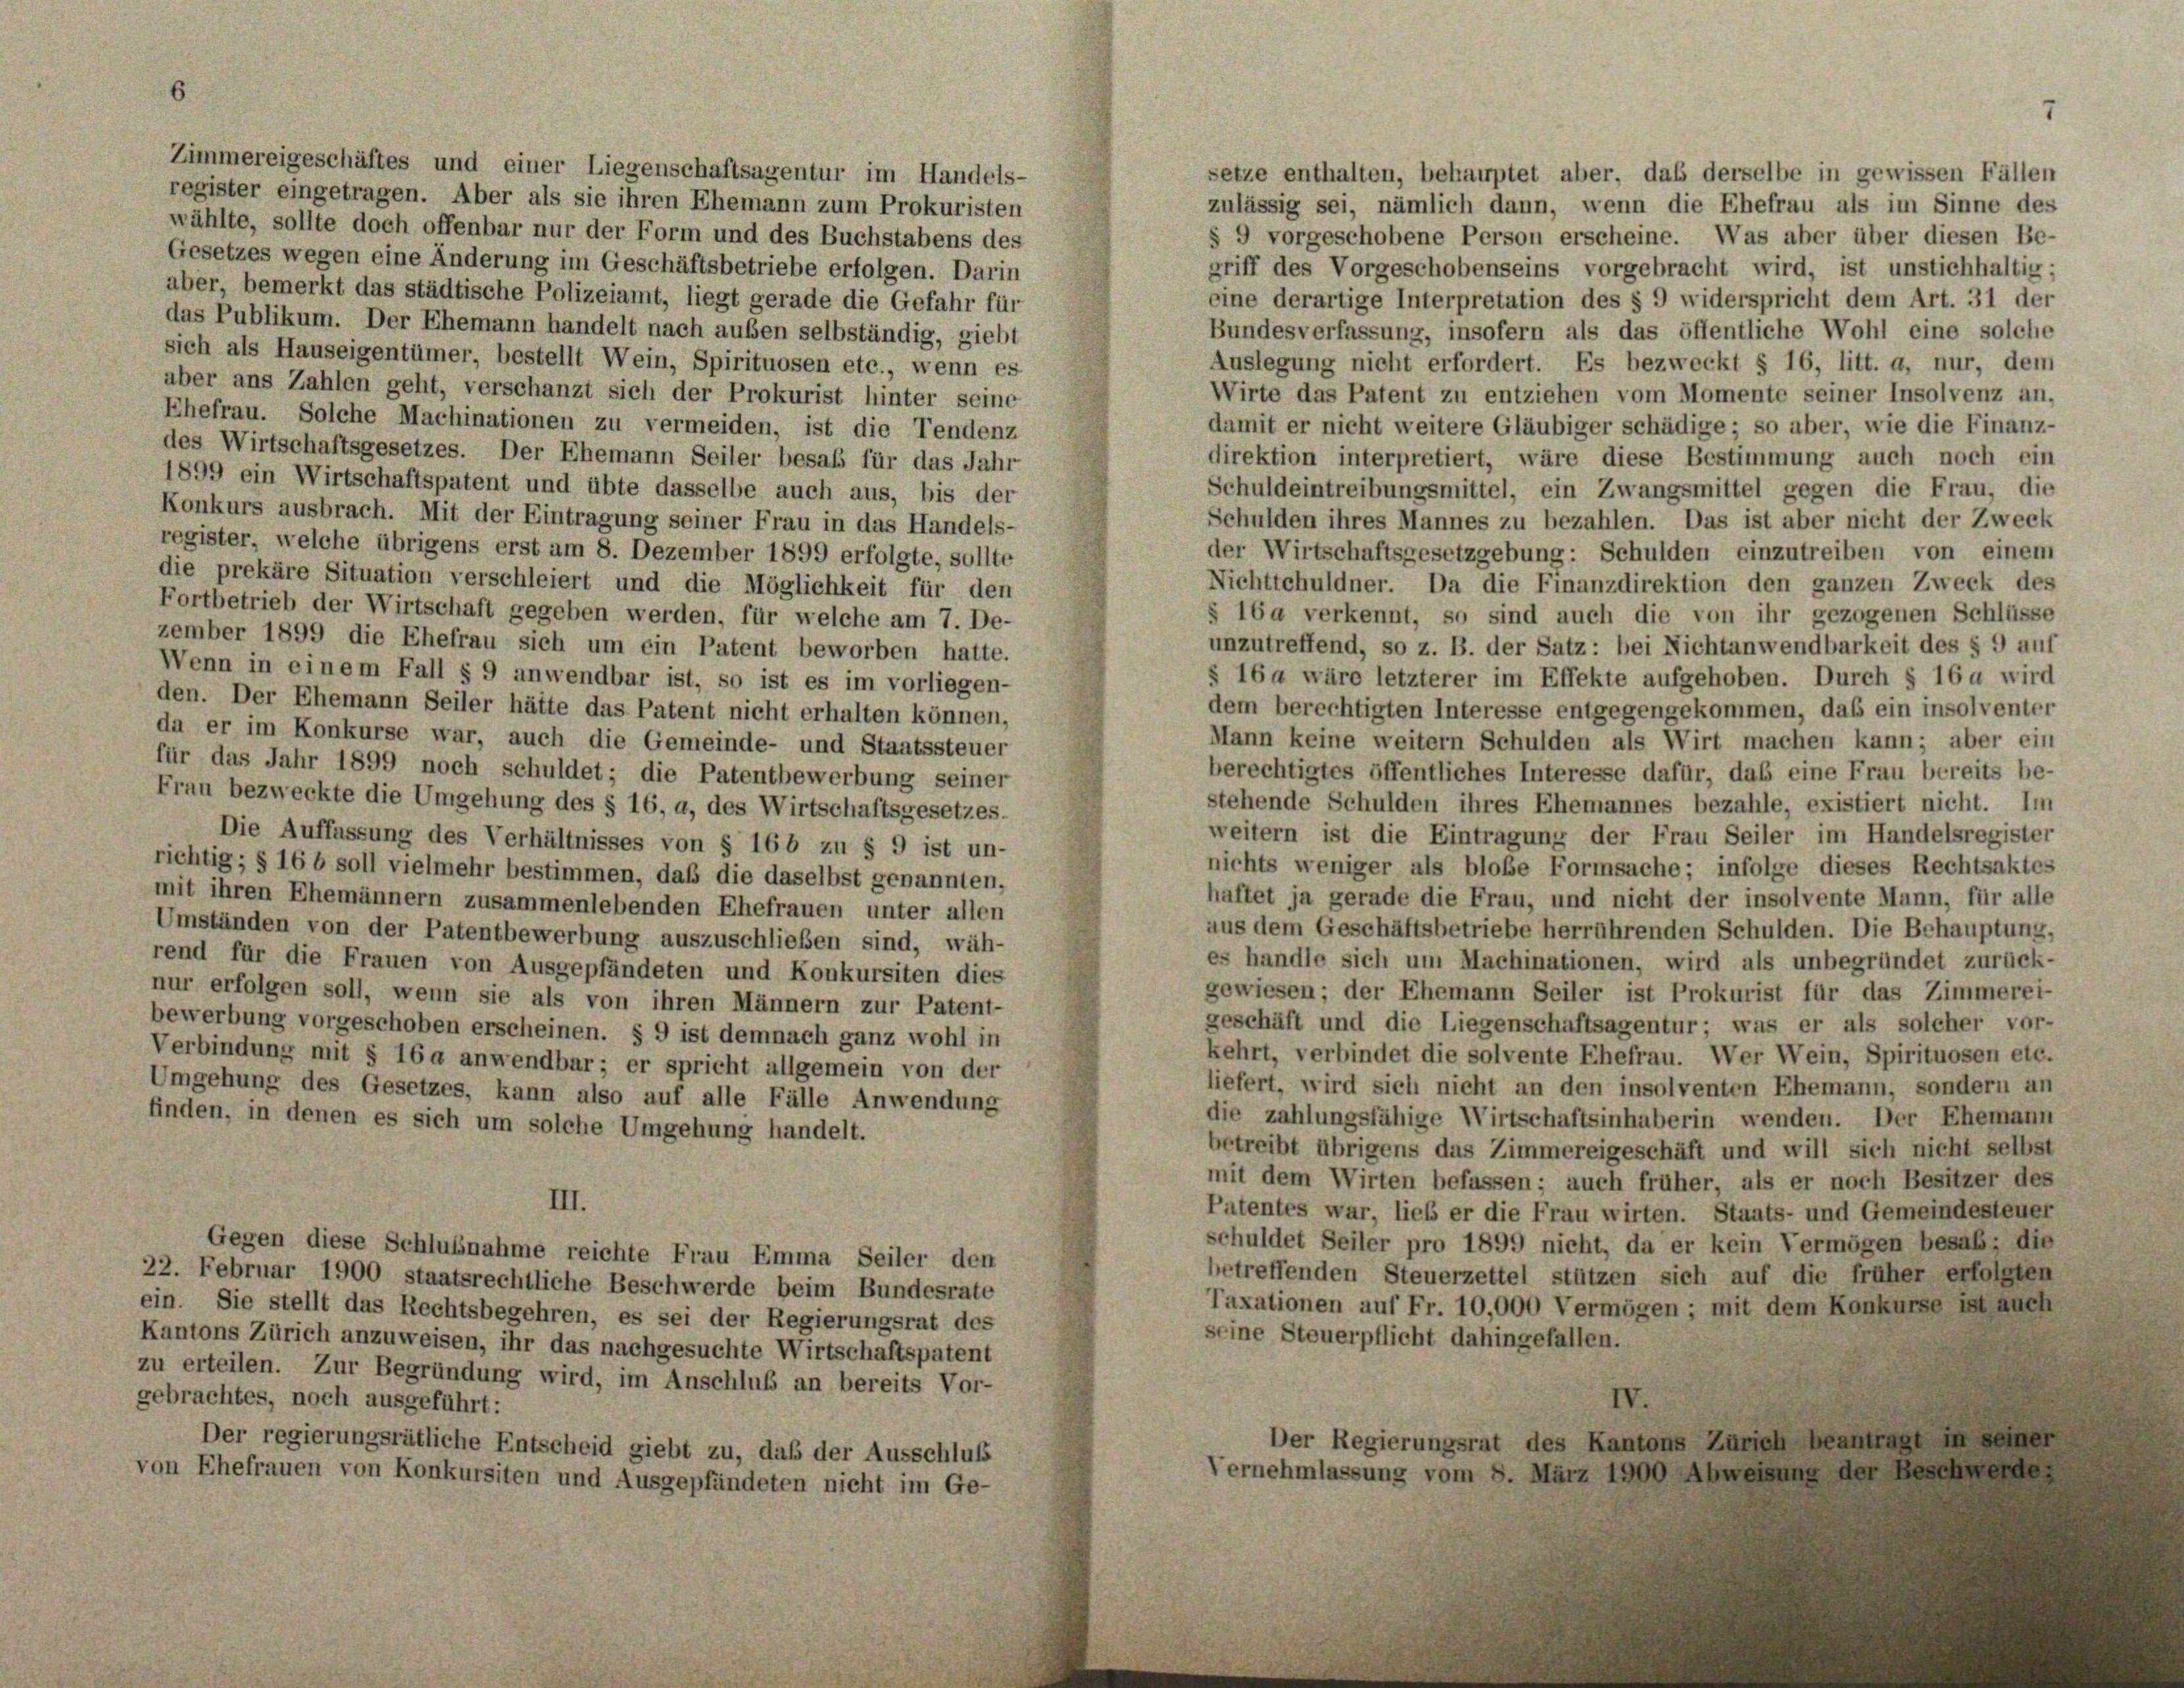
Zimmereigeschäftes und einer Liegenschaftsagentur im Handels-
setze enthalten, behauptet aber, daß derselbe in gewissen Fällen
register eingetragen. Aber als sie ihren Ehemann zum Prokuristen
zulässig sei, nämlich dann, wenn die Ehefrau als im Sinne des
wählte, sollte doch offenbar nur der Form und des Buchstabens des
Gesetzes wegen eine Änderung im Geschäftsbetriebe erfolgen. Darin
griff des Vorgeschobenseins vorgebracht wird, ist unstichhaltig;
aber, bemerkt das städtische Polizeiamt, liegt gerade die Gefahr für
eine derartige Interpretation des § 9 widerspricht dem Art. 31 der
das Publikum. Der Ehemann handelt nach ausen selbständig, giebt
Bundesverfassung, insofern als das öffentliche Wohl eine solche
sich als Hauseigentümer, bestellt Wein, Spirituosen etc., wenn es
Auslegung nicht erfordert. Es bezweckt § 16, litt. a, nur, dem
aber ans Zahlen geht, verschanzt sich der Prokurist hinter seine
Wirte das Patent zu entziehen vom Momente seiner Insolvenz an,
Ehefrau. Solche Machinationen zu vermeiden, ist die Tendenz
damit er nicht weitere Gläubiger schädige; so aber, wie die Finanz-
des Wirtschaftsgesetzes. Der Ehemann Seiler besab für das Jahr
direktion interpretiert, wäre diese Bestimmung auch noch ein
1899 ein Wirtschaftspatent und übte dasselbe auch aus, bis der
Schuldeintreibungsmittel, ein Zwangsmittel gegen die Frau, die
Konkurs ausbrach. Mit der Eintragung seiner Frau in das Handels-
Schulden ihres Mannes zu bezahlen. Das ist aber nicht der Zweck
register, welche übrigens erst am 8. Dezember 1899 erfolgte, sollte
der Wirtschaftsgesetzgebung: Schulden einzutreiben von einem
die prekäre Situation verschleiert und die Möglichkeit für den
Nichtschuldner. Da die Finanzdirektion den ganzen Zweck des
Fortbetrieb der Wirtschaft gegeben werden, für welche am 7. De-
§ 16a verkennt, so sind auch die von ihr gezogenen Schlüsse
zember 1899 die Ehefrau sich um ein Patent beworben hatte.
unzutreffend, so z. B. der Satz: bei Nichtanwendbarkeit des § 9 auf
Wenn in einem Fall § 9 anwendbar ist, so ist es im vorliegen-
§ 16a wäre letzterer im Effekte aufgehoben. Durch § 16 a wird
den. Der Ehemann Seiler hätte das Patent nicht erhalten können,
dem berechtigten Interesse entgegengekommen, daß ein insolventer
da er im Konkurse war, auch die Gemeinde- und Staatssteuer
Mann keine weitern Schulden als Wirt machen kann; aber ein
für das Jahr 1899 noch schuldet; die Patentbewerbung seiner
berechtigtes öffentliches Interesse dafür, das eine Frau bereits be-
Frau bezweckte die Umgehung des § 16, a, des Wirtschaftsgesetzes-
stehende Schulden ihres Ehemannes bezahle, existiert nicht. Im
weitern ist die Eintragung der Frau Seiler im Handelsregister
Die Auffassung des Verhältnisses von § 166 zu § 9 ist un-
nichts weniger als bloße Formsache; infolge dieses Rechtsaktes
richtig; § 16 b soll vielmehr bestimmen, daß die daselbst genannten,
haftet ja gerade die Frau, und nicht der insolvente Mann, für alle
mit ihren Ehemännern zusammenlebenden Ehefrauen unter allen
aus dem Geschäftsbetriebe herrührenden Schulden. Die Behauptung,
Umständen von der Patentbewerbung auszuschließen sind, wäh-
es handle sich um Machinationen, wird als unbegründet zurück-
rend für die Frauen von Ausgepfändeten und Konkursiten dies
gewiesen; der Ehemann Seiler ist Prokurist für das Zimmerei-
nur erfolgen soll, wenn sie als von ihren Männern zur Patent-
geschäft und die Liegenschaftsagentur; was er als solcher vor-
bewerbung vorgeschoben erscheinen. § 9 ist demnach ganz wohl in
kehrt, verbindet die solvente Ehefrau. Wer Wein, Spirituosen etc.
Verbindung mit § 16 a anwendbar; er spricht allgemein von der
liefert, wird sich nicht an den insolventen Ehemann, sondern an
Umgehung des Gesetzes, kann also auf alle Fälle Anwendung
die zahlungsfähige Wirtschaftsinhaberin wenden. Der Ehemann
finden, in denen es sich um solche Umgehung handelt.
betreibt übrigens das Zimmereigeschäft und will sich nicht selbst
mit dem Wirten befassen; auch früher, als er noch Besitzer des
III.
Patentes war, lieb er die Frau wirten. Staats- und Gemeindesteuer
schuldet Seiler pro 1899 nicht, da er kein Vermögen besab; die
Gegen diese Schlußnahme reichte Frau Emma Seiler den
betreffenden Steuerzettel stützen sich auf die früher erfolgten
22. Februar 1900 staatsrechtliche Beschwerde beim Bundesrate
Taxationen auf Fr. 10,000 Vermögen; mit dem Konkurse ist auch
ein. Sie stellt das Rechtsbegehren, es sei der Regierungsrat des
seine Steuerpflicht dahingefallen.
Kantons Zürich anzuweisen, ihr das nachgesuchte Wirtschaftspatent
zu erteilen. Zur Begründung wird, im Anschluß an bereits Vor-
gebrachtes, noch ausgeführt:
IV.
Der Regierungsrat des Kantons Zürich beantragt in seiner
Der regierungsrätliche Entscheid giebt zu, daß der Ausschluß
ernehmlassung vom 8. März 1900 Abweisung der Beschwerde
von Ehefrauen von Konkursiten und Ausgepfändeten nicht im Ge-

§ 9 vorgeschobene Person erscheine. Was aber über diesen Be-